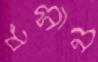
ধসান